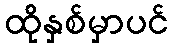
ထိုနှစ်မှာပင်